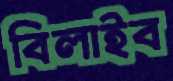
বিলাইব